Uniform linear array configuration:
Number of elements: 8
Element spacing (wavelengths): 0.5
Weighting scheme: exponential
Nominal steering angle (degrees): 0
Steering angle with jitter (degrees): -1.461
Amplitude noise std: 0.05
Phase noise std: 0.05

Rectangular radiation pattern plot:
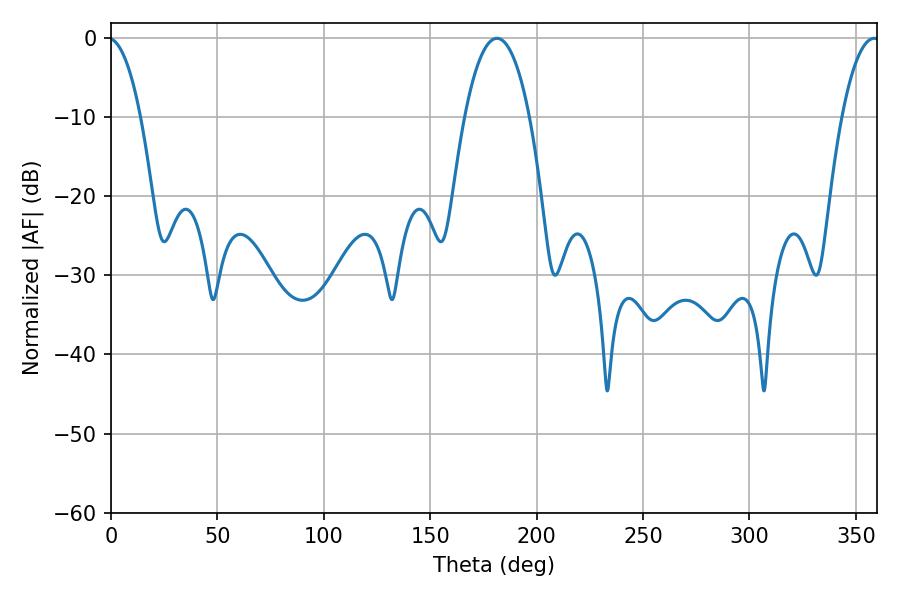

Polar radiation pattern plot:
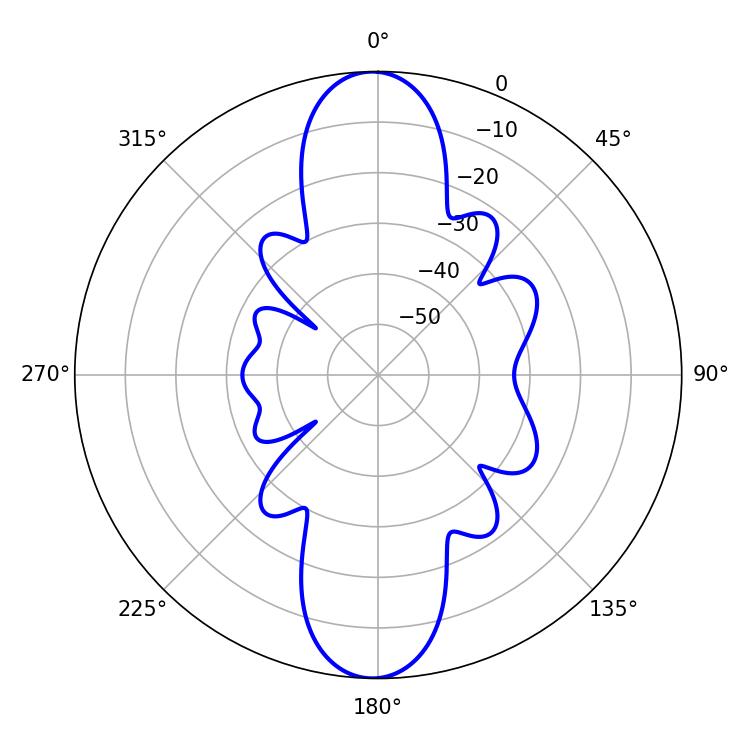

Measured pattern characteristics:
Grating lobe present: FALSE
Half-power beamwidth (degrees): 17.1
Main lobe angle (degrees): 181.44